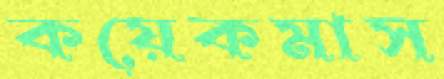
কয়েকমাস